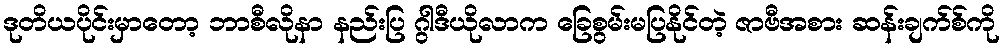
ဒုတိယပိုင်းမှာတော့ ဘာစီလိုနာ နည်းပြ ဂွါဒီယိုလာက ခြေစွမ်းမပြနိုင်တဲ့ ဇာဗီအစား ဆန်းချက်စ်ကို